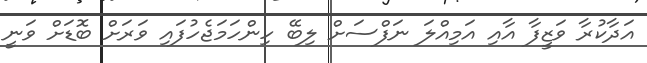
އަދާކުރާ ވަޒީފާ އާއި އަމިއްލަ ނަފްސަށް ލިބޭ ހިންހަމަޖެހުފައި ވަރަށް ބޮޑަށް ވަނީ